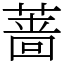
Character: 蔷